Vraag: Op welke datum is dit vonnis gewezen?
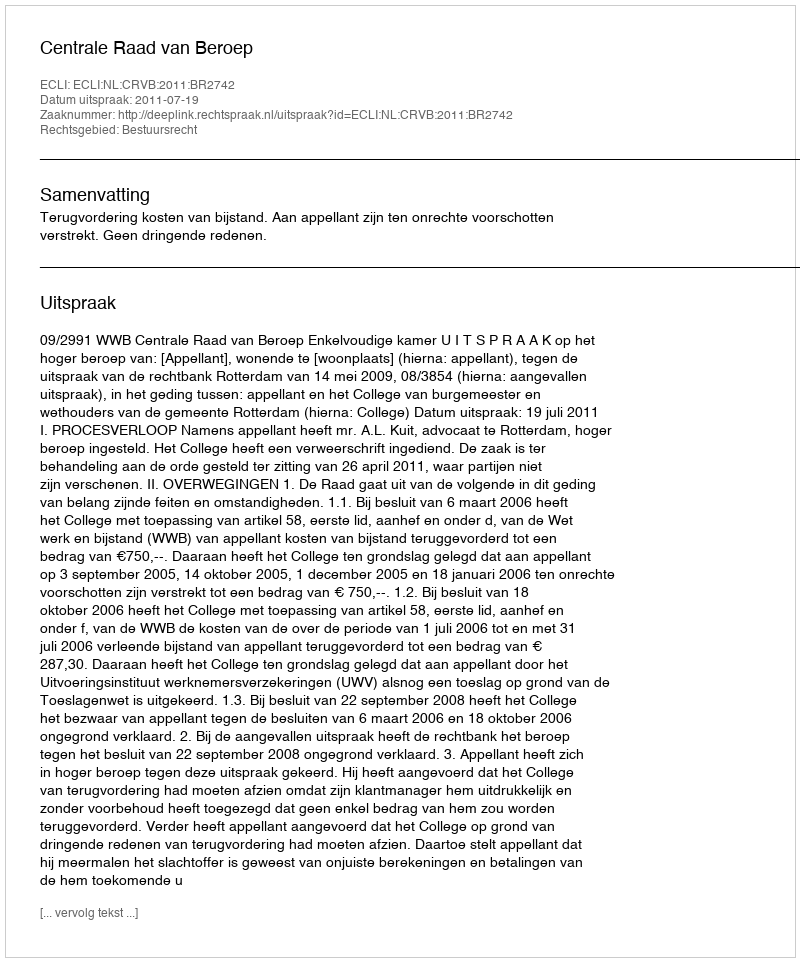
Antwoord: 2011-07-19